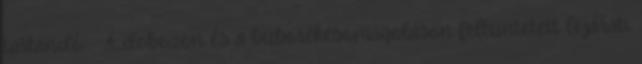
tartandó - A dobozon és a buborékcsomagoláson feltüntetett lejárati